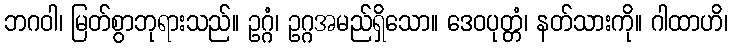
ဘဂဝါ၊ မြတ်စွာဘုရားသည်။ ဥဂ္ဂံ၊ ဥဂ္ဂအမည်ရှိသော။ ဒေဝပုတ္တံ၊ နတ်သားကို။ ဂါထာဟိ၊